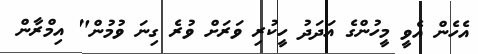
އެހެން އެވީ މީހުންގެ އަދަދު ހީކުރި ވަރަށް ވުރެ ގިނަ ވުމުން" އިމްރާން